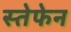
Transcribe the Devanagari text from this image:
स्तेफेन